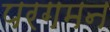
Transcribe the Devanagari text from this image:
परगमन